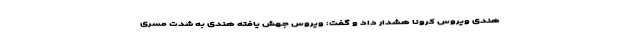
هندی ویروس کرونا هشدار داد و گفت: ویروس جهش یافته هندی به شدت مسری